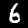
Label: 6